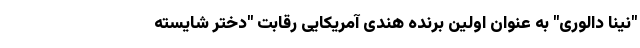
"نینا دالوری" به عنوان اولین برنده هندی آمریکایی رقابت "دختر شایسته